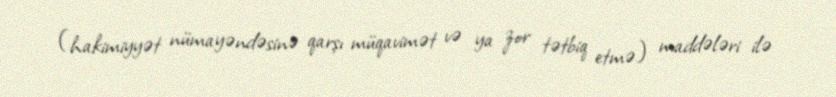
(hakimiyyət nümayəndəsinə qarşı müqavimət və ya zor tətbiq etmə) maddələri ilə